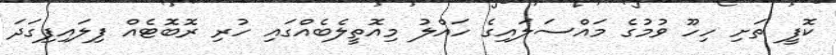
ކޮފީ ތަށި ހިހޫ ވުމުގެ މައްސަލައިގެ ހައްލު މިއޮތީލެބެއްގައި ހުރި ރޮބޮޓެއް ފިލައިފިގަދަ